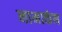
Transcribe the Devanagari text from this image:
नामाकंन